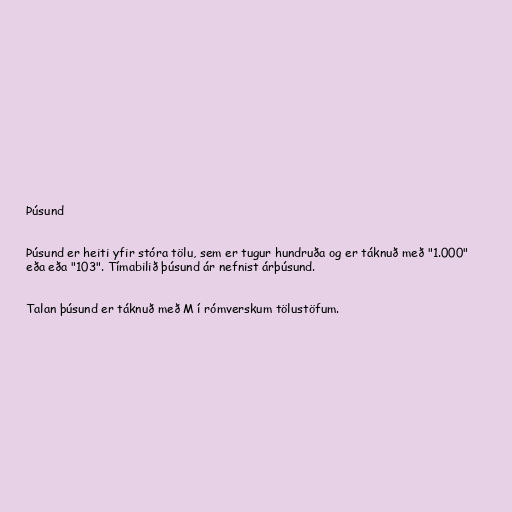
Þúsund

Þúsund er heiti yfir stóra tölu, sem er tugur hundruða og er táknuð með "1.000"
eða eða "103". Tímabilið þúsund ár nefnist árþúsund.

Talan þúsund er táknuð með M í rómverskum tölustöfum.